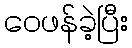
ဝေဖန်ခဲ့ပြီး